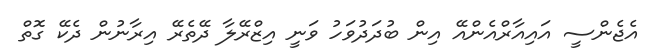
އެޖެންސީ އައިއާރްއެންއޭ އިން ބުދަދުވަހު ވަނީ އިޒްރޭލާ ދޭތެރޭ އިރާނުން ދެކޭ ގޮތް